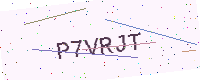
Text: P7VRJT